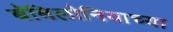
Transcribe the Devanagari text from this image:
बॅबिलोनियाच्या